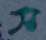
স